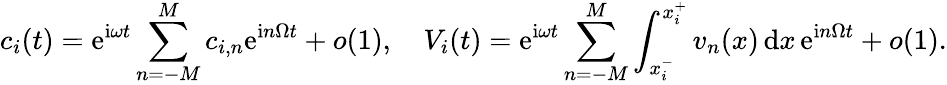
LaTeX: c_{i}(t)=\mathrm{e}^{\mathrm{i}\omega t}\sum_{n=-M}^{M}c_{i,n}\mathrm{e}^{\mathrm{i}n\Omega t}+o(1),\quad V_{i}(t)=\mathrm{e}^{\mathrm{i}\omega t}\sum_{n=-M}^{M}\int_{x_{i}^{-}}^{x_{i}^{+}}v_{n}(x)\, \mathrm{d}x\, \mathrm{e}^{\mathrm{i}n\Omega t}+o(1).